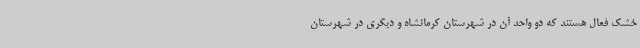
خشک فعال هستند که دو واحد آن در شهرستان کرمانشاه و دیگری در شهرستان